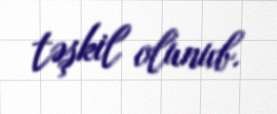
təşkil olunub.